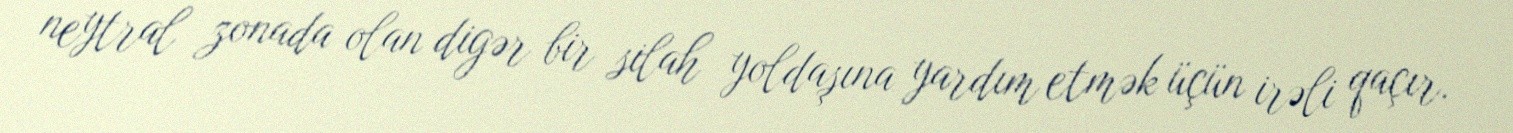
neytral zonada olan digər bir silah yoldaşına yardım etmək üçün irəli qaçır.